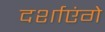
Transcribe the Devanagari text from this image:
दर्शाएंगे